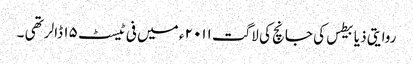
روایتی ذیابیطس کی جانچ کی لاگت ۲۰۱۱ ء میں فی ٹیسٹ ۱۵ ڈالر تھی ۔